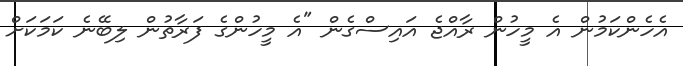
އެހެންކަމުން އެ މީހުން ރާއްޖެ އައިސްގެން "އެ މީހުންގެ ފަރާތުން ލިބޭނެ ކަމަކަށް